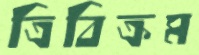
ত্রিবিক্রম